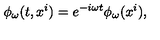
\phi _ { \omega } ( t , x ^ { i } ) = e ^ { - i \omega t } \phi _ { \omega } ( x ^ { i } ) ,